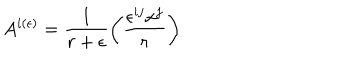
A ^ { i ( \epsilon ) } = \frac { 1 } { r + \epsilon } \left( \frac { \epsilon ^ { i j } x ^ { j } } { r } \right)